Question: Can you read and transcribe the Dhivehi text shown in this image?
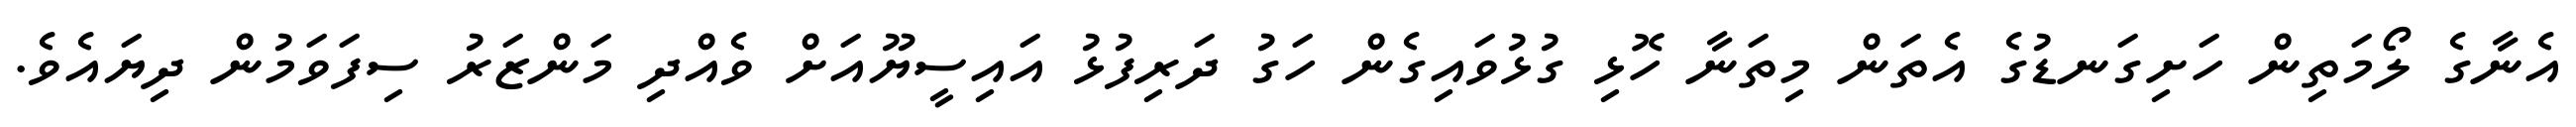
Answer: އެނާގެ ލޯމަތިން ހަށިގަނޑުގެ އެތަން މިތަނާ ހޮޅި ގުޅުވައިގެން ހަގު ދަރިފުޅު އައިސީޔޫއަށް ވެއްދި މަންޒަރު ސިފަވަމުން ދިޔައެވެ.